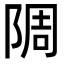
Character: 䧓